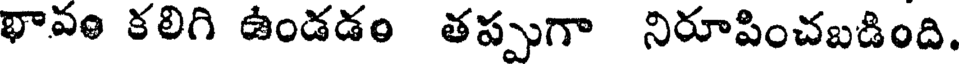
భావం కలిగి ఉండడం తప్పుగా నిరూపించబడింది.